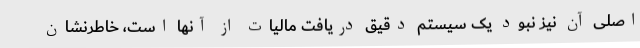
اصلی آن نیز نبود یک سیستم دقیق دریافت مالیات از آنها است، خاطرنشان